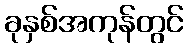
ခုနှစ်အကုန်တွင်